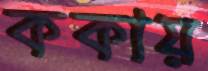
ককায়